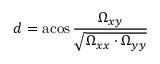
d = \operatorname { a c o s } { \frac { \Omega _ { x y } } { \sqrt { \Omega _ { x x } \cdot \Omega _ { y y } } } }